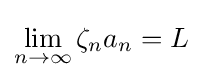
\lim _{n\to \infty }\zeta _{n}a_{n}=L